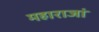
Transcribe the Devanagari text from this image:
महाराजां